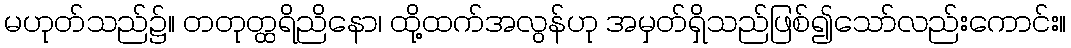
မဟုတ်သည်၌။ တတုတ္ထရိညိနော၊ ထို့ထက်အလွန်ဟု အမှတ်ရှိသည်ဖြစ်၍သော်လည်းကောင်း။